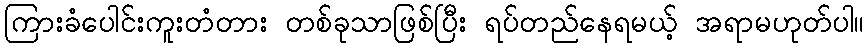
ကြားခံပေါင်းကူးတံတား တစ်ခုသာဖြစ်ပြီး ရပ်တည်နေရမယ့် အရာမဟုတ်ပါ။